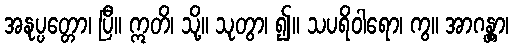
အနုပ္ပတ္တော၊ ပြီ။ ဣတိ၊ သို့။ သုတွာ၊ ၍။ သပရိဝါရော၊ ကွ။ အာဂန္တွာ၊